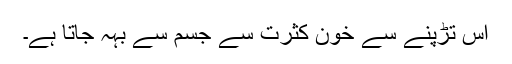
اس تڑپنے سے خون کثرت سے جسم سے بہہ جاتا ہے۔